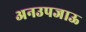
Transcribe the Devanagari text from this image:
अनउपजाऊ